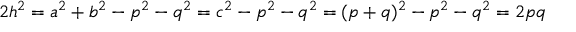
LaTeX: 2 h ^ { 2 } = a ^ { 2 } + b ^ { 2 } - p ^ { 2 } - q ^ { 2 } = c ^ { 2 } - p ^ { 2 } - q ^ { 2 } = ( p + q ) ^ { 2 } - p ^ { 2 } - q ^ { 2 } = 2 p q